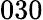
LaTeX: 030